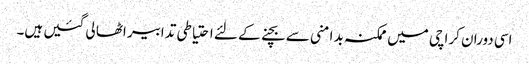
اسی دوران کراچی میں ممکنہ بد امنی سے بچنے کے لئے احتیاطی تدابیر اٹھا لی گئیں ہیں۔